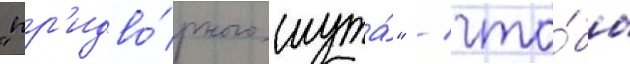
"пр'идво́рного шута́" / что́бы